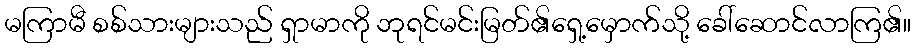
မကြာမီ စစ်သားများသည် ရှာမာကို ဘုရင်မင်းမြတ်၏ရှေ့မှောက်သို့ ခေါ်ဆောင်လာကြ၏။